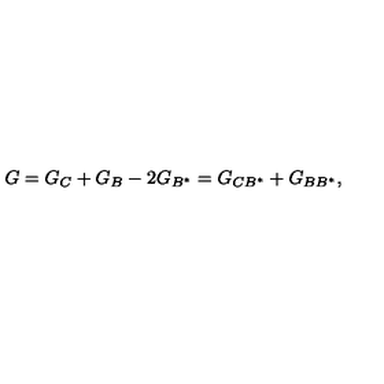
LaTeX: G = G _ { C } + G _ { B } - 2 G _ { B ^ { \ast } } = G _ { C B ^ { \ast } } + G _ { B B ^ { \ast } } ,